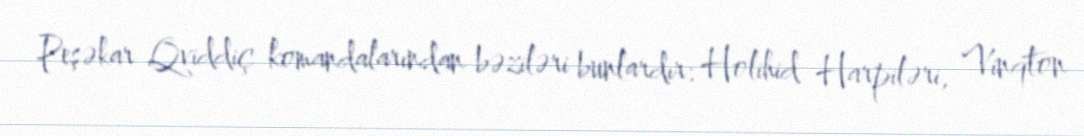
Peşəkar Qviddiç komandalarından bəziləri bunlardır: Holihid Harpiləri, Vinqton